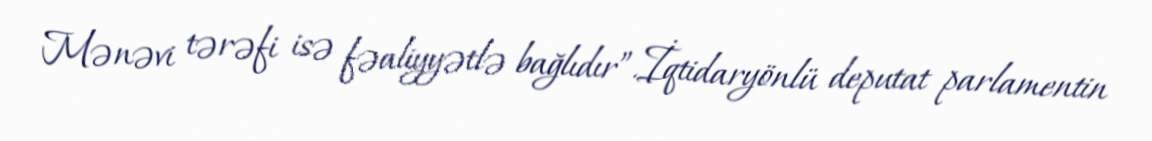
Mənəvi tərəfi isə fəaliyyətlə bağlıdır”.İqtidaryönlü deputat parlamentin